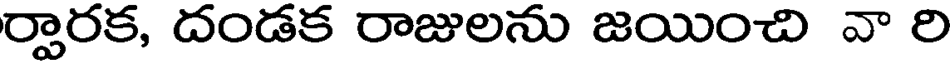
ర్వారక, దండక రాజులను జయించి వా రి